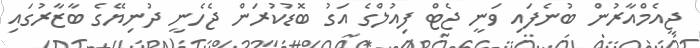
ޖީއެމްއާރުން ބުނެފައި ވަނީ ޖެޓް ފިއުލްގެ އަގު ބޮޑުކުރަން ޖެހެނީ ދުނިޔޭގެ ބާޒާރުގައި